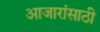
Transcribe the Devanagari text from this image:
अाजारांसाठी